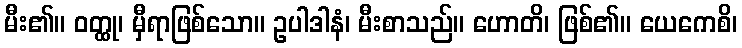
မီး၏။ ဝတ္ထု၊ မှီရာဖြစ်သော။ ဥပါဒါနံ၊ မီးစာသည်။ ဟောတိ၊ ဖြစ်၏။ ယေကေစိ၊